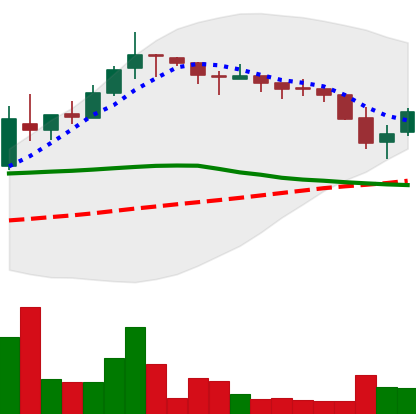
Ticker: TRX-USD
Chart end date: 2018-05-13
Forward return: -8.234%
Label: down_7plus